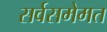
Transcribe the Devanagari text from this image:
सर्वसमेमत